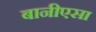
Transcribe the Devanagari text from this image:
बानीएसा